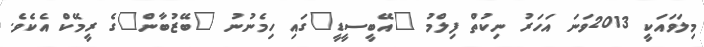
މިލަވައަކީ 2013ވަނަ އަހަރު ނިކުތް ފިލްމު "އޭބީސީޑީ"ގައި ހިމެނުނު "ބޭޒުބާން"ގެ ރީމޭކް އެކެވެ.